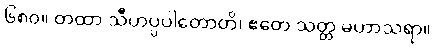
၆၈၀။ တထာ သီဟပ္ပပါတောတိ၊ ဧတေ သတ္တ မဟာသရာ။